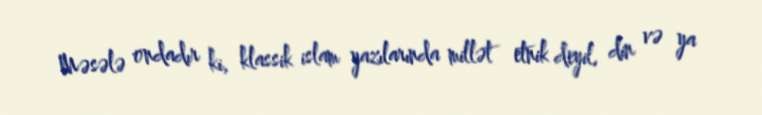
Məsələ ondadır ki, klassik islam yazılarında millət etnik deyil, din və ya